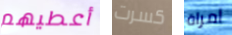
أعطيهم كسرت امراة